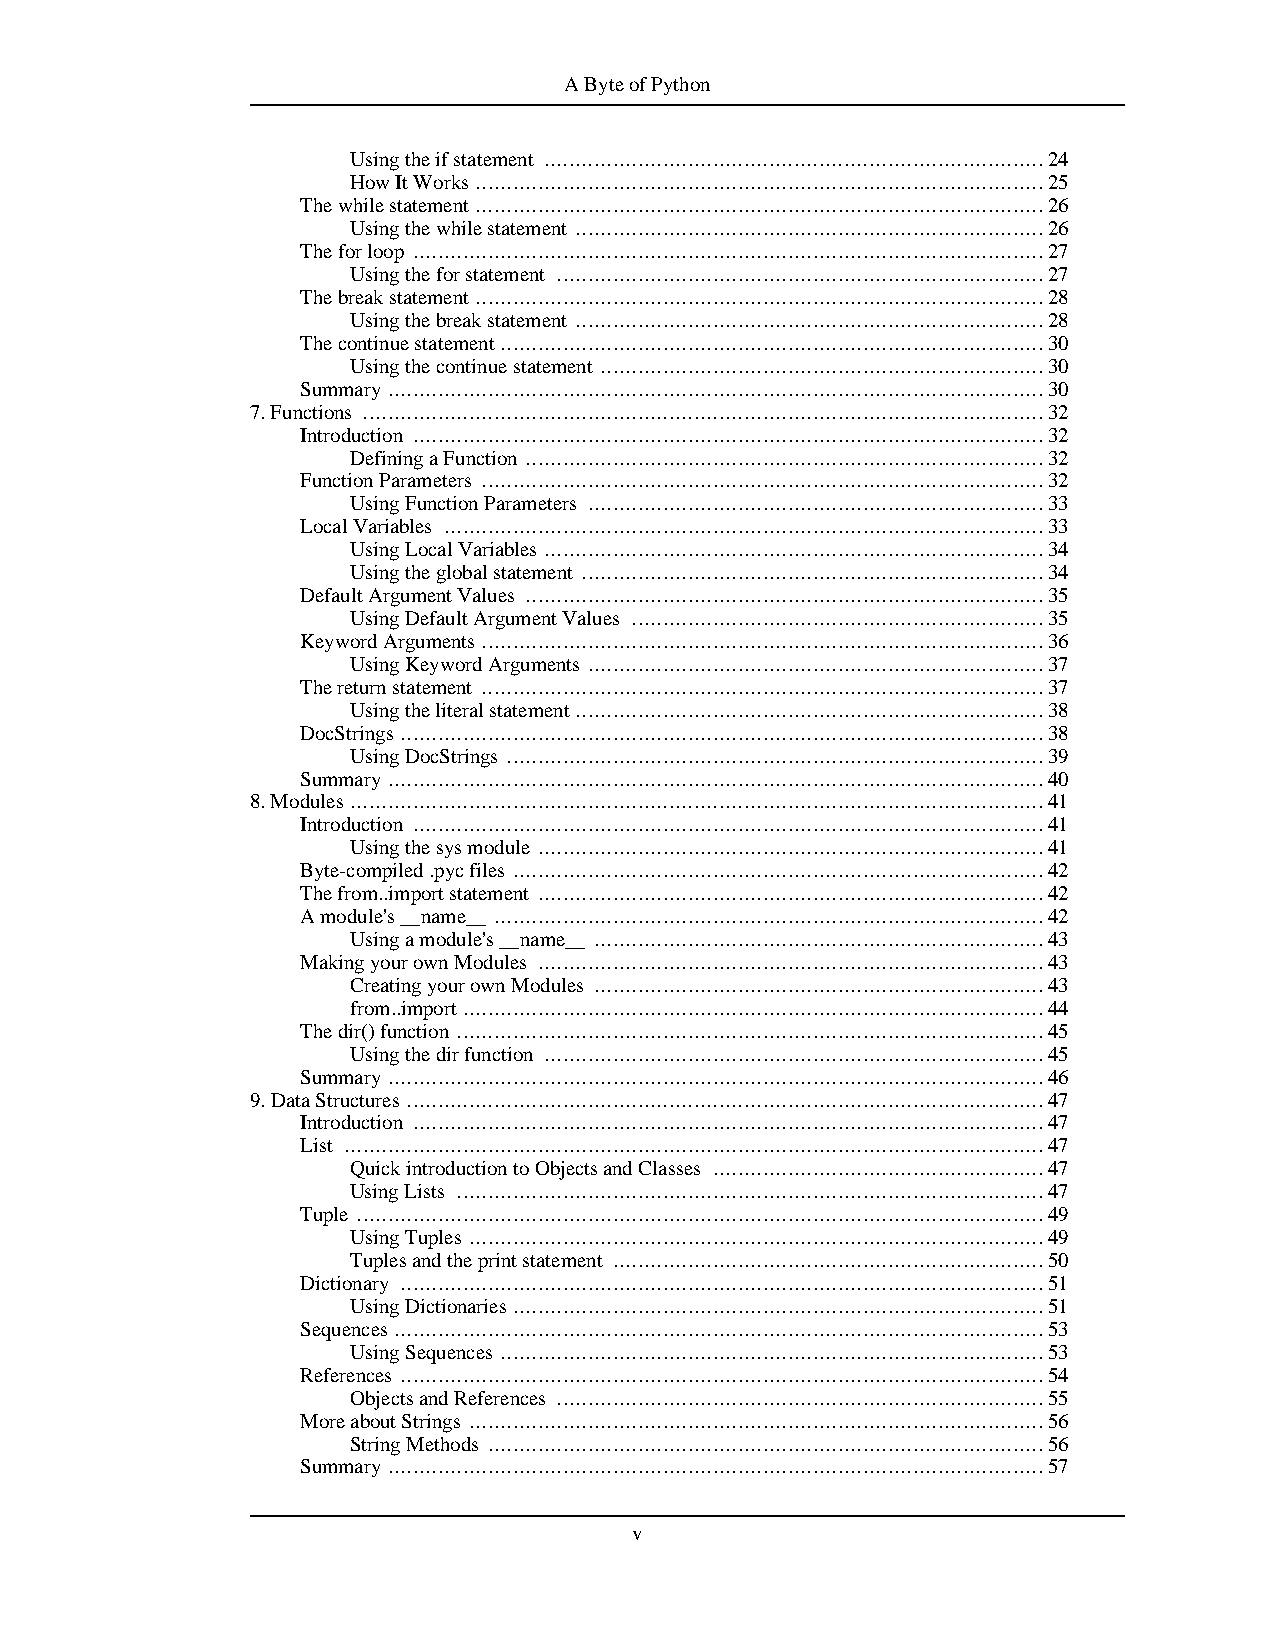
AByteofPython
 Usingtheifstatement ................................................................................24
 HowItWorks...........................................................................................25
 Thewhilestatement...........................................................................................26
 Usingthewhilestatement ...........................................................................26
 Theforloop .....................................................................................................27
 Usingtheforstatement ..............................................................................27
 Thebreakstatement...........................................................................................28
 Usingthebreakstatement ...........................................................................28
 Thecontinuestatement.......................................................................................30
 Usingthecontinuestatement .......................................................................30
 Summary .........................................................................................................30
 7.Functions .............................................................................................................32
 Introduction .....................................................................................................32
 DefiningaFunction ...................................................................................32
 FunctionParameters ..........................................................................................32
 UsingFunctionParameters .........................................................................33
 LocalVariables ................................................................................................33
 UsingLocalVariables ................................................................................34
 Usingtheglobalstatement ..........................................................................34
 DefaultArgumentValues ...................................................................................35
 UsingDefaultArgumentValues ..................................................................35
 KeywordArguments..........................................................................................36
 UsingKeywordArguments .........................................................................37
 Thereturnstatement ..........................................................................................37
 Usingtheliteralstatement...........................................................................38
 DocStrings.......................................................................................................38
 UsingDocStrings ......................................................................................39
 Summary .........................................................................................................40
 8.Modules...............................................................................................................41
 Introduction .....................................................................................................41
 Usingthesysmodule .................................................................................41
 Byte-compiled.pycfiles .....................................................................................42
 Thefrom..importstatement .................................................................................42
 Amodule's__name__ ........................................................................................42
 Usingamodule's__name__ ........................................................................43
 MakingyourownModules .................................................................................43
 CreatingyourownModules ........................................................................43
 from..import.............................................................................................44
 Thedir()function ..............................................................................................45
 Usingthedirfunction ................................................................................45
 Summary .........................................................................................................46
 9.DataStructures ......................................................................................................47
 Introduction .....................................................................................................47
 List ................................................................................................................47
 QuickintroductiontoObjectsandClasses .....................................................47
 UsingLists ..............................................................................................47
 Tuple ..............................................................................................................49
 UsingTuples ............................................................................................49
 Tuplesandtheprintstatement .....................................................................50
 Dictionary .......................................................................................................51
 UsingDictionaries.....................................................................................51
 Sequences........................................................................................................53
 UsingSequences .......................................................................................53
 References .......................................................................................................54
 ObjectsandReferences ..............................................................................55
 MoreaboutStrings ............................................................................................56
 StringMethods .........................................................................................56
 Summary .........................................................................................................57
 v